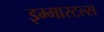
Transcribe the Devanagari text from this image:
इम्मारटल्स